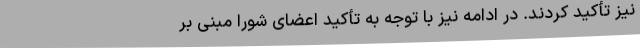
نیز تأکید کردند. در ادامه نیز با توجه به تأکید اعضای شورا مبنی بر